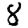
Digit: 8